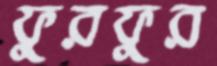
ফুরফুর